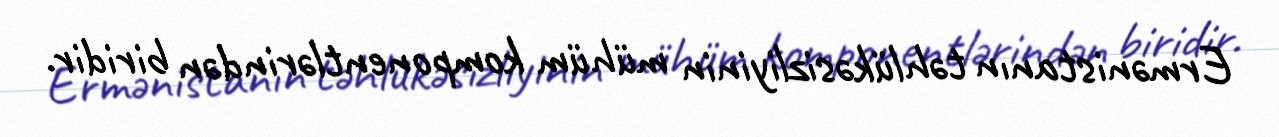
Ermənistanın təhlükəsizliyinin mühüm komponentlərindən biridir.